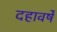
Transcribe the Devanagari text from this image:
दहावर्षे